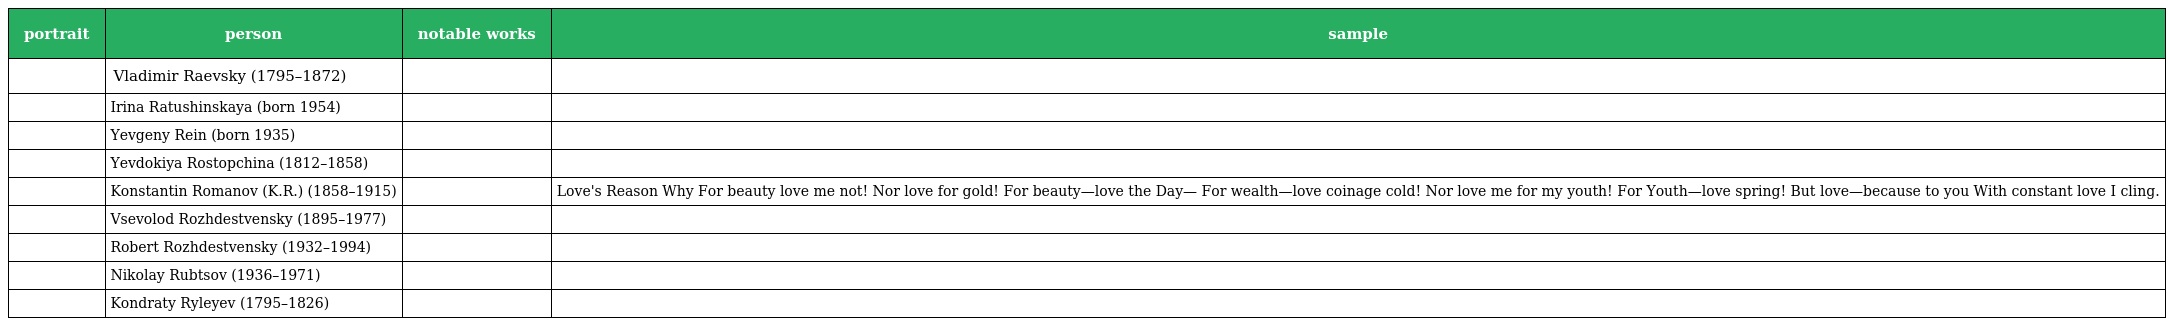
| portrait | person | notable works | sample |
 | --- | --- | --- | --- |
 |  | Vladimir Raevsky (1795–1872) |  |  |
 |  | Irina Ratushinskaya (born 1954) |  |  |
 |  | Yevgeny Rein (born 1935) |  |  |
 |  | Yevdokiya Rostopchina (1812–1858) |  |  |
 |  | Konstantin Romanov (K.R.) (1858–1915) |  | Love's Reason Why For beauty love me not! Nor love for gold! For beauty—love the Day— For wealth—love coinage cold! Nor love me for my youth! For Youth—love spring! But love—because to you With constant love I cling. |
 |  | Vsevolod Rozhdestvensky (1895–1977) |  |  |
 |  | Robert Rozhdestvensky (1932–1994) |  |  |
 |  | Nikolay Rubtsov (1936–1971) |  |  |
 |  | Kondraty Ryleyev (1795–1826) |  |  |